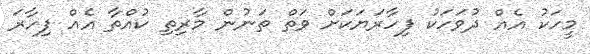
މީހަކު އެއް ދުވަހަކު ފިހާރަޔަކަށް ވަތް ތަނުން މާރިތި ކުއްތާ އެއް ފިހާރަ